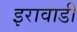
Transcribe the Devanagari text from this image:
इरावाडी